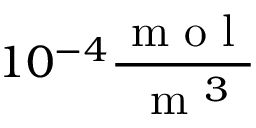
1 0 ^ { - 4 } \frac { \mathrm { ~ m ~ o ~ l ~ } } { \mathrm { ~ m ~ } ^ { 3 } }